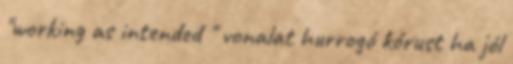
"working as intended " vonalat hurrogó kórust ha jól